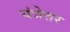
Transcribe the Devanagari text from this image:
यंत्रेत्तर